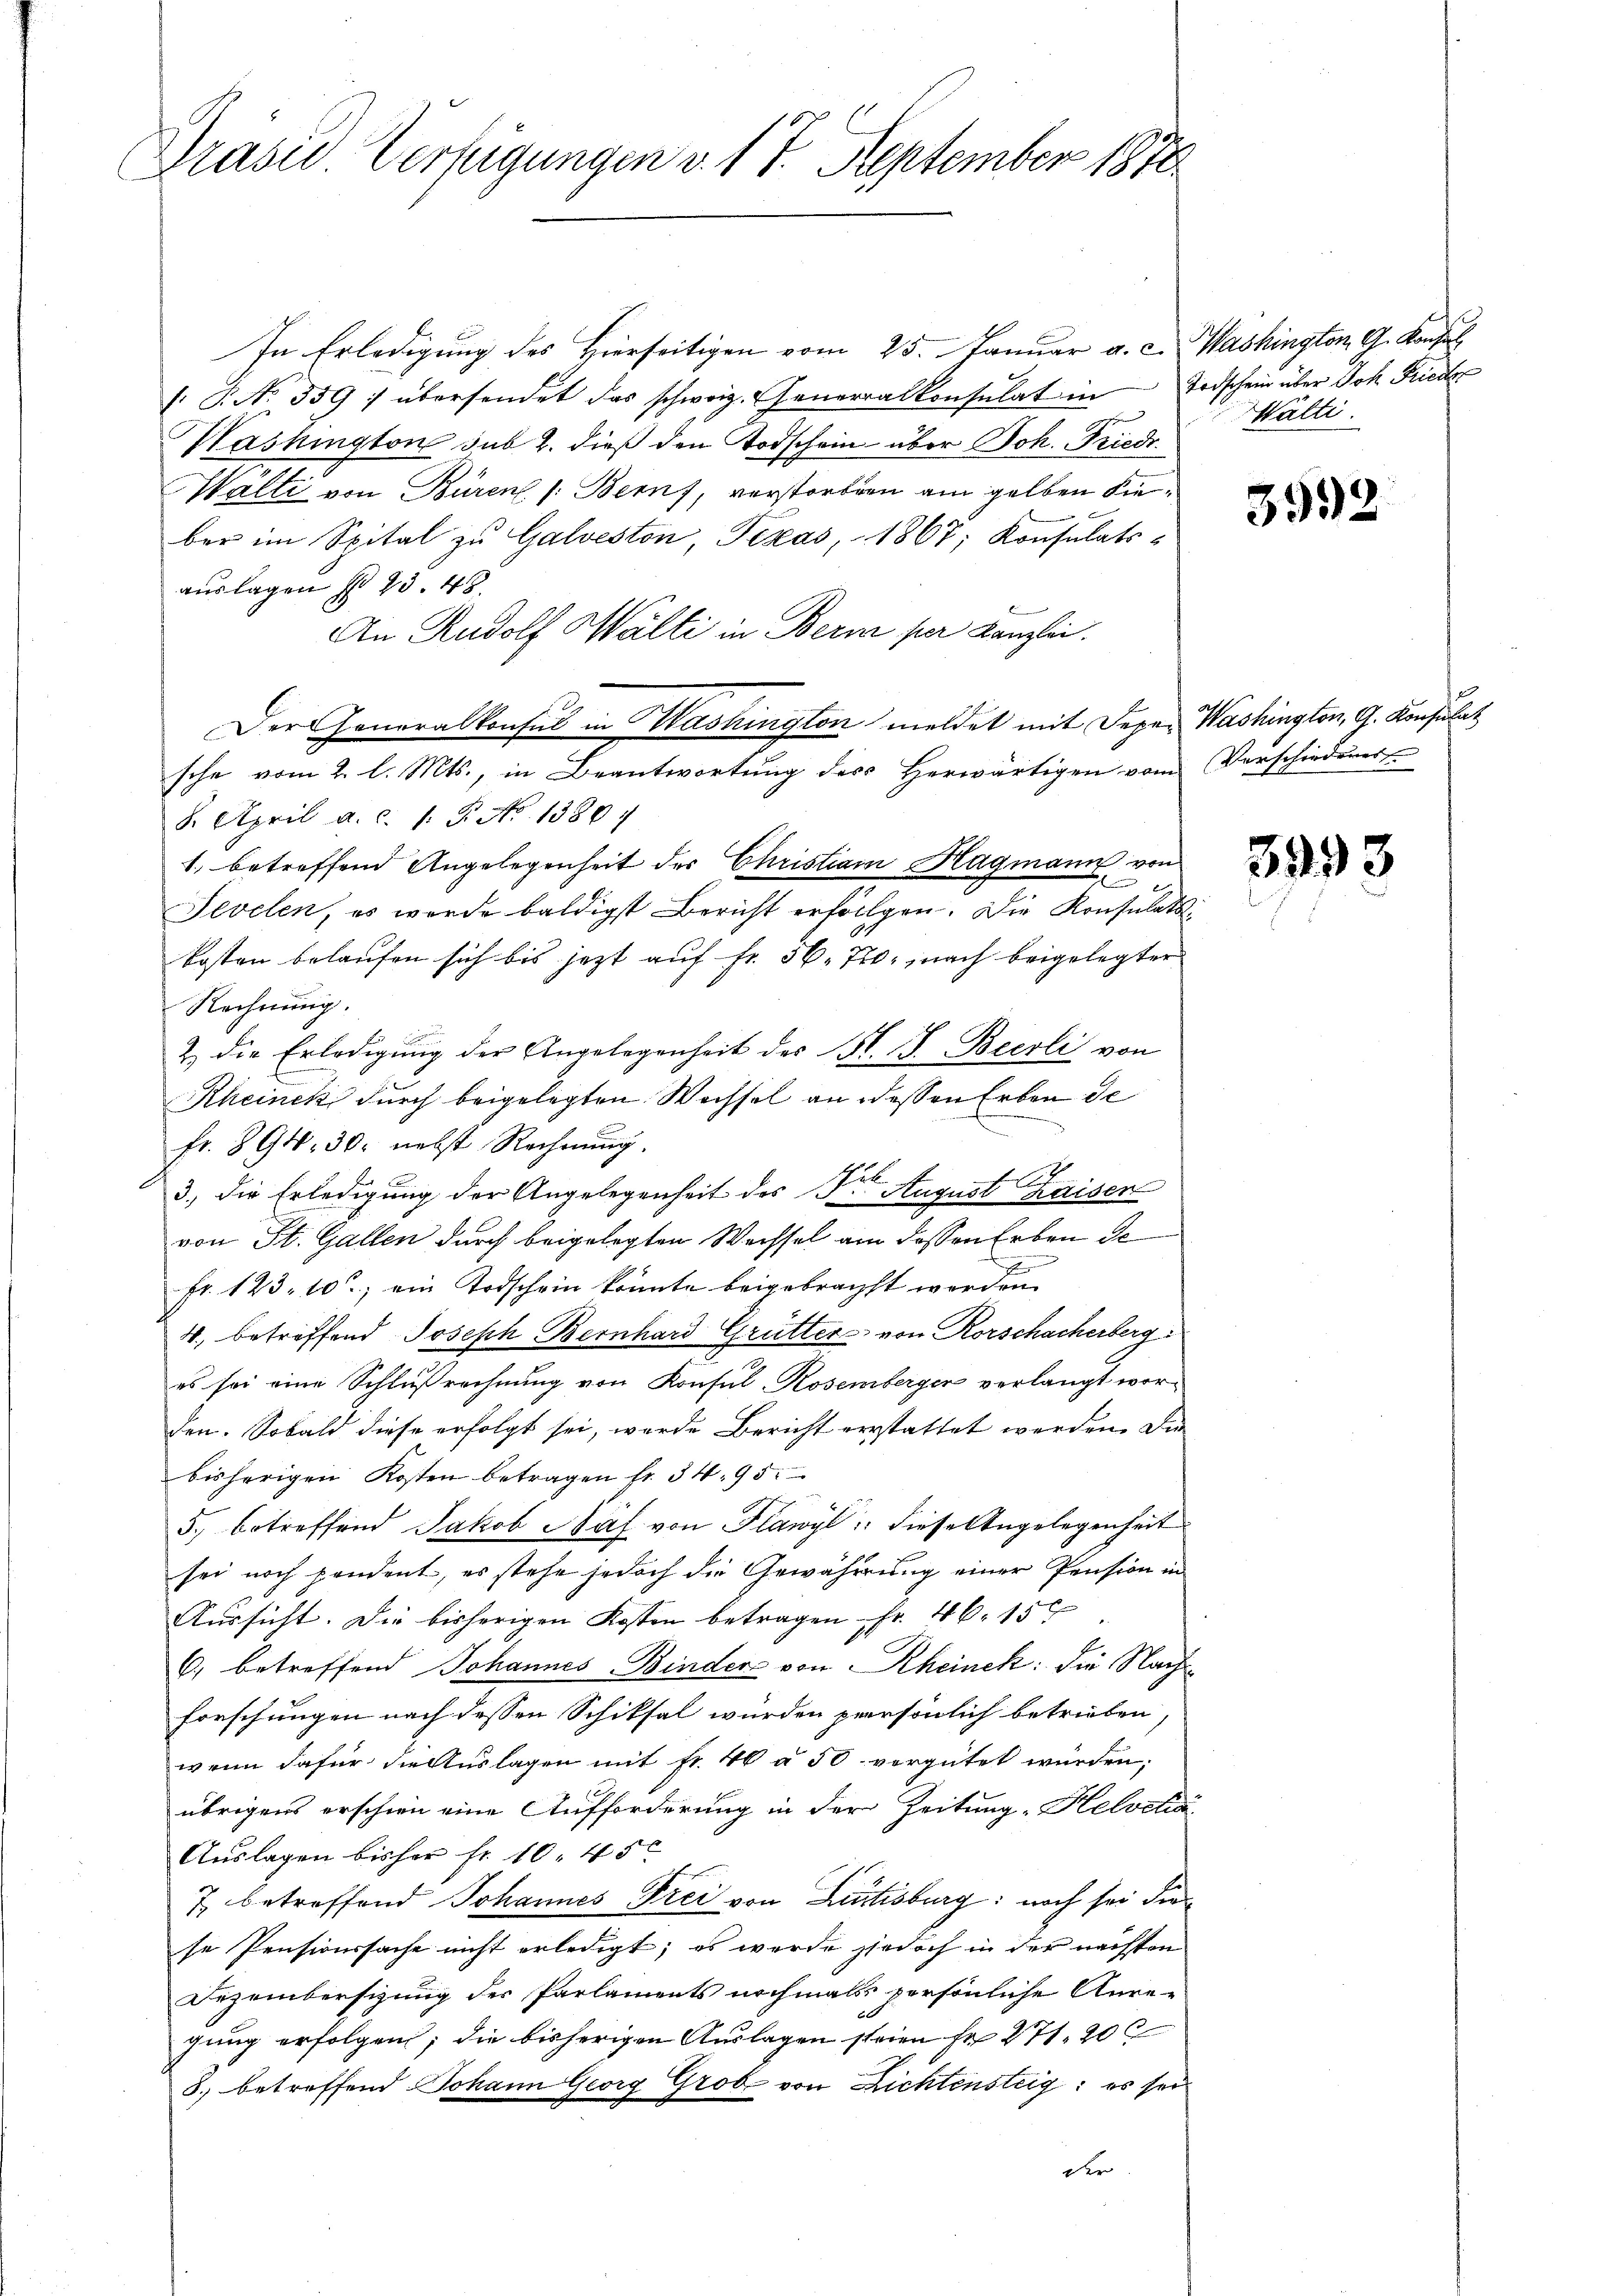
Präsid. Verfügungen v. 17. September 1870

In Erledigung des Hierseitigen vom 25. Januar a. c. Washington G. Konsul
 P. Nr. 339 :/ übersendet das schweiz. Generalkonsulat in
Washington sub 2. dieß den Todschein über Joh. Friedr.
Wälti von Büren (Berns, verstorben am gelben dieber im Spital zŭ Galveston, Texas, 1867; Konsulatsauslagen No 23. 48.
An Rudolf Wälti in Bern per Kanzlei.
Der Generalkonsul in Washington meldet mit Deper Washington, G. Konsulat
sche vom 2. l. Mts., in Beantwortung des Herwärtigen vom Verschiedens
8. April a. c. 1. P. Nr. 13807
1.) betreffend Angelegenheit des Christian Hagmann von

Sevelen, es werde baldigst Bericht erfolgen. Die Konsulatskosten belaufen sich bis jezt auf Fr. 56. 70, nach beigelegter
Rechnung.
& die Erledigung der Angelegenheit des N. F. Becrli von
Rheinek durch beigelegten Wachsel an dessen Erben de
fr. 894. 30. nebst Rechnŭng.
3., die Erledigung der Angelegenheit des Dr. August Kaisen
von St. Gallen durch beigelegten Weissel am dessen Erben de
Fr. 123. 10, ein Todschein könnte beigebracht werden
4. betreffend Joseph Bernhard Grütter von Rorschacherberg
es sei eine Schlußrechnung von Konsul-Rosenberger verlangt worden. Sobald diese erfolgt sei, wurde Bericht erstattet werden. Die
bisherigen Kosten betragen fr. 34. 95.
5. betreffend Jakob Näf von Flawyl diese Angelegenheit
sei noch pendent, es stehe jedoch die Gewährung einer Pension in
Aussicht. Die bisherigen Kosten betragen Fr. 46. 150
6) betreffend Johannes Binders von Rheinek die Nach
forschungen nach dessen Schiksal wurden persönlich betrieben,
wenn dafür die Auslagen mit Fr. 40 à 50 vergütet würden;
übrigens erschien eine Aufforderung in der Zeitung "Helvetia
Auslagen bisher fr. 10. 450
7 betreffend Johannes Frei von Lurtisburg: noch sei die
se Pensionssache nicht erledigt; es wurde jedoch in der nächsten
Dezembersizung der Parlaments nochmals persönliche Anre-

gung erfolgen; die bisherigen Auslagen steien sr 271. 200
8. betreffend Johann Georg Grob von Richtensteig: es sei
der

Todschein über Joh. Friede
Wälti

3992

3993